Annual statistical returns and brief notes on vaccination in Bengal - 1909-1929
Year: 1909
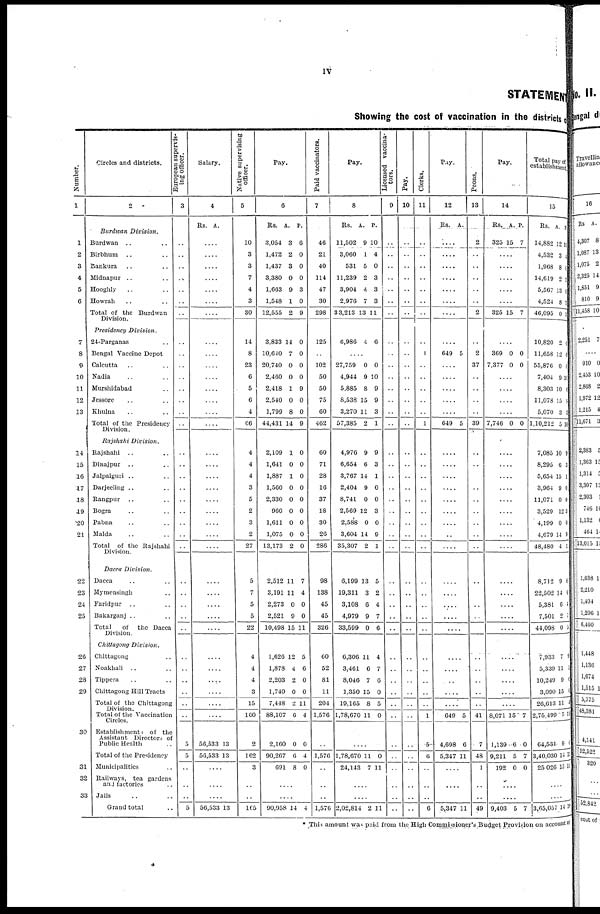
iv
STATEMENT
Showing the cost of vaccination in the districts of
Number.
1
1
2
3
4
5
6
7
8
9
10
11
12
13
14
15
16
17
18
19
20
21
22
23
24
25
20
27
28
29
30
31
32
33
Circles and districts.
2
Burdwan Division.
Burdwan .. ..
Birbhum .. ..
Bankura .. ..
Midnapur .. ..
Hooghly .. ..
Howrah ..
Total of the Burdwan
Division.
Presidency Division.
24-Parganas ..
Bengal Vaccine Depot
Calcutta .. ..
Nadia .. ..
Murshidabad ..
Jessore .. ..
Khulna .. ..
Total of the Presidency
Division.
Rajshahi Division.
Rajshahi .. ..
Dinajpur .. ..
Jalpaiguri .. ..
Darjeeling .. ..
Rangpur .. ..
Bogra .. ..
Pabna .. ..
Malda .. ..
Total of the Rajshahi
Division.
Dacca Division.
Dacca .. ..
Mymensingh ..
Faridpur .. ..
Bakargunj .. ..
Total
of the Dacca
Division.
Chittagong Division.
Chittagong ..
Noakhali .. ..
Tippera .. ..
Chittagong Hill Tracts
Total of the Chittagong
Division.
Total of the Vaccination
Circles.
Establishments of the
Assistant Directors of
Public Health ..
Total of the Presidency
Municipalities ..
Railways, tea gardens
and factories ..
Jails .. ..
Grand total ..
European supervis¬
ing officer.
3
..
..
..
..
..
..
..
..
..
..
..
..
..
..
..
..
..
..
..
..
..
..
..
..
..
..
..
..
..
..
..
..
..
..
..
5
5
..
..
..
5
Salary.
4
Rs.
A.
....
....
....
....
....
....
....
....
....
....
....
....
....
....
....
....
....
....
....
....
....
....
....
....
....
....
....
....
....
....
....
....
....
....
....
56,533
56,533
13
13
....
....
....
56,533 13
Native supervising
officer.
5
10
3
3
7
4
3
30
14
8
23
6
5
6
4
66
4
4
4
3
5
2
3
2
27
5
7
5
5
22
4
4
4
3
15
160
2
162
3
..
..
165
Pay.
6
Rs.
3,054
1,472
1,437
3,380
1,663
1,548
12,555
A.
3
2
3
0
9
1
2
P.
6
0
0
0
3
0
9
3,833
10,640
20,740
2,460
2,418
2,540
1,799
44,431
14
7
0
0
1
0
8
14
0
0
0
0
9
0
0
9
2,109
1,641
1,887
1,560
2,330
960
1,611
1,075
13,173
1
0
1
0
0
0
0
0
2
0
0
0
0
0
0
0
0
0
2,512
3,191
2,273
2,521
10,498
11
11
0
9
15
7
4
0
0
11
1,626
1,878
2,203
1,740
7,448
88,107
2,160
90,267
691
12
4
2
0
2
6
0
6
8
5
6
0
0
11
4
0
4
0
..
..
90,958 14 4
Paid vaccinators.
7
46
21
40
114
47
30
298
125
..
102
50
50
75
60
462
60
71
28
16
37
18
30
20
286
98
138
45
45
326
60
52
81
11
204
1,576
..
1,576
..
..
..
1,576
Pay.
8
Rs.
11,502
3,060
531
11,239
3,904
2,976
33,213
A.
9
1
5
2
4
7
13
P.
10
4
0
3
3
3
11
6,986 4 6
....
27,759
4,944
5,885
8,538
3,270
57,385
0
9
8
15
11
2
0
10
9
9
3
1
4,976
6,654
3,767
2,404
8,741
2,569
2,588
3,604
35,307
9
6
14
9
0
12
0
14
2
9
3
1
0
0
3
0
9
1
6,199
19,311
3,108
4,979
33,599
13
3
6
9
0
5
2
4
7
6
6,306
3,461
8,046
1,350
19,165
1,78,670
11
6
7
15
8
11
4
7
0
0
5
0
....
1,78,670
24,143
11
7
0
11
....
....
2,02,814 2 11
Licensed vaccina¬
tors.
9
..
..
..
..
..
..
..
..
..
..
..
..
..
..
..
..
..
..
..
..
..
..
..
..
..
..
..
..
..
..
..
..
..
..
..
..
..
..
..
..
..
Pay.
10
..
..
..
..
..
..
..
..
..
..
..
..
..
..
..
..
..
..
..
..
..
..
..
..
..
..
..
..
..
..
..
..
..
..
..
..
..
..
..
..
..
Clerks.
11
..
..
..
..
..
..
..
..
1
..
..
..
..
..
1
..
..
..
..
..
..
..
..
..
..
..
..
..
..
..
..
..
..
..
1
5
6
..
..
..
6
Pay.
12
Rs. A.
....
....
....
....
....
....
....
....
649 5
....
....
....
....
....
649 5
....
....
....
....
....
....
....
....
....
....
....
....
....
....
....
....
....
....
....
649
4,698
5,347
5
6
11
....
....
....
5,347 11
Peons.
13
2
..
..
..
..
..
2
..
2
37
..
..
..
..
39
..
..
..
..
..
..
..
..
..
..
..
..
..
..
..
..
..
..
..
41
7
48
1
..
..
49
Pay.
14
Rs.
325
A.
15
P.
7
....
....
....
....
....
325 15 7
....
369
7,377
0
0
0
0
....
....
....
....
7,746 0 0
....
....
....
....
....
....
....
....
....
....
....
....
....
....
....
....
....
....
....
8,071
1,139
9,211
192
15
6
5
0
7
0
7
0
....
....
9,403 5 7
Total pay of
establishment.
15
Rs.
14,882
4,532
1,968
14,619
5,567
4,524
46,095
A.
12
3
8
2
13
8
0
P.
11
4
6
3
6
4
4
10,820
11,658
55,876
7,404
8,303
11,078
5,070
1,10,212
2
12
0
9
10
15
3
5
6
0
0
10
6
9
3
10
7,085
8,295
5,654
3,964
11,071
3,529
4,199
4,679
48,480
10
6
15
9
0
12
0
14
4
9
3
1
0
0
3
0
9
1
8,712
22,502
5,381
7,501
44,098
9
14
6
2
0
0
6
4
7
5
7,933
5,339
10,249
3,090
26,613
2,75,499
64,531
3,40,030
25,026
7
11
9
15
11
5
9
14
15
9
1
6
6
4
11
0
11
11
....
....
3,65,057 14 10
* This amount was paid from the High Commissioner's Budget Provision on account of